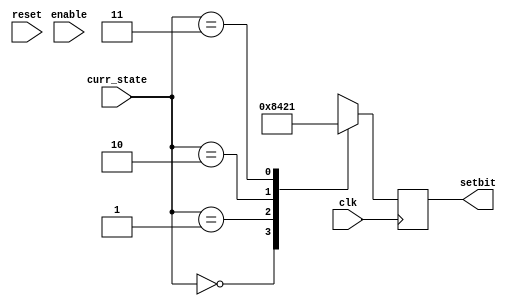
`timescale 1ns/1ns
module timer1(enable,clk,reset,setbit,curr_state);

  input enable,clk,reset;
  input [1:0] curr_state;
  wire d0,d1;
  reg [1:0] q;

  output reg [3:0] setbit;
  
  assign d0 = ~q[0];
  assign d1 = q[0]^q[1];
	
  always@(posedge clk or negedge reset) begin
    if(~reset) begin
      q = 2'b00;
	end
	else begin
      if(enable) begin
           q[0] = d0;
           q[1] = d1;
	  end
      else begin
        q[0] = 1'b0;
        q[1] = 1'b0;
      end
    end
  end
  
  always@(posedge clk) begin
    case (curr_state)
      2'b00:setbit = 4'h8;
      2'b01:setbit = 4'h4;
      2'b10:setbit = 4'h2;
      2'b11:setbit = 4'h1;
    endcase
  end
/*  
  always@(posedge clk) begin
    if(q[0] & q[1]) begin
      setbit = 4'b1000;
    end
    else begin
      setbit = 4'b0000;
    end
  end
*/
endmodule
/*
///////////////////////////////////////////////////////////

module timer2(enable,clk,reset,setbit);

  input enable,clk,reset;
  wire d0,d1;
  reg [1:0] q;

  output reg [3:0] setbit;
  
  assign d0 = ~q[0];
  assign d1 = q[0]^q[1];
	
  always@(posedge clk or negedge reset) begin
    if(~reset) begin
      q = 2'b00;
	end
	else begin
      if(enable) begin
           q[0] = d0;
           q[1] = d1;
	  end
      else begin
        q[0] = 1'b0;
        q[1] = 1'b0;
      end
    end
  end
  
  always@(posedge clk) begin
    if(q[0] & q[1]) begin
      setbit = 4'b0100;
    end
    else begin
      setbit = 4'b0000;
    end
  end

endmodule

///////////////////////////////////////////////////////////

module timer3(enable,clk,reset,setbit);

  input enable,clk,reset;
  wire d0,d1;
  reg [1:0] q;

  output reg [3:0] setbit;
  
  assign d0 = ~q[0];
  assign d1 = q[0]^q[1];
	
  always@(posedge clk or negedge reset) begin
    if(~reset) begin
      q = 2'b00;
	end
	else begin
      if(enable) begin
           q[0] = d0;
           q[1] = d1;
	  end
      else begin
        q[0] = 1'b0;
        q[1] = 1'b0;
      end
    end
  end
  
  always@(posedge clk) begin
    if(q[0] & q[1]) begin
      setbit = 4'b0010;
    end
    else begin
      setbit = 4'b0000;
    end
  end

endmodule

///////////////////////////////////////////////////////////

module timer4(enable,clk,reset,setbit);

  input enable,clk,reset;
  wire d0,d1;
  reg [1:0] q;

  output reg [3:0] setbit;
  
  assign d0 = ~q[0];
  assign d1 = q[0]^q[1];
	
  always@(posedge clk or negedge reset) begin
    if(~reset) begin
      q = 2'b00;
	end
	else begin
      if(enable) begin
           q[0] = d0;
           q[1] = d1;
	  end
      else begin
        q[0] = 1'b0;
        q[1] = 1'b0;
      end
    end
  end
  
  always@(posedge clk) begin
    if(q[0] & q[1]) begin
      setbit = 4'b0001;
    end
    else begin
      setbit = 4'b0000;
    end
  end

endmodule
*/